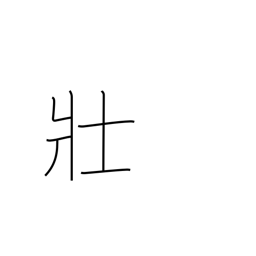
Meaning: name of tribe